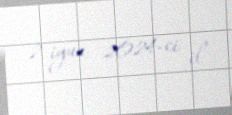
2 iyun 2024-ci il